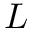
L